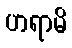
ဟရာမိ